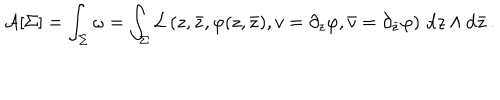
{ \cal A } [ \Sigma ] = \int _ { \Sigma } \omega = \int _ { \Sigma } { \cal L } \left( z , \bar { z } , \varphi ( z , \bar { z } ) , v = \partial _ { z } \varphi , \bar { v } = \partial _ { \bar { z } } \varphi \right) \, { \mathrm { d } } z \wedge \mathrm { d } \bar { z } \, .